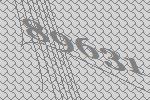
89631